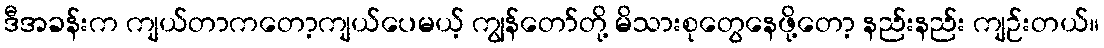
ဒီအခန်းက ကျယ်တာကတော့ကျယ်ပေမယ့် ကျွန်တော်တို့ မိသားစုတွေနေဖို့တော့ နည်းနည်း ကျဉ်းတယ်။